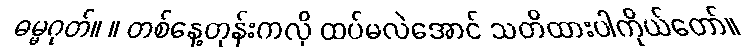
ဓမ္မဂုတ်။ ။ တစ်နေ့တုန်းကလို ထပ်မလဲအောင် သတိထားပါကိုယ်တော်။